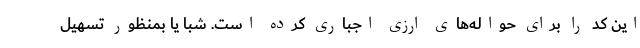
این کد را برای حواله‌های ارزی اجباری کرده است. شبا یا بمنظور تسهیل